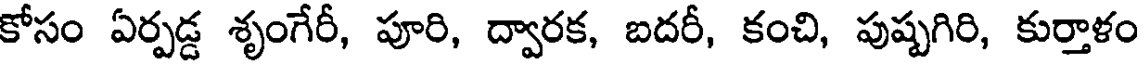
కోసం ఏర్పడ్డ శృంగేరీ, పూరి, ద్వారక, బదరీ, కంచి, పుష్పగిరి, కుర్తాళం